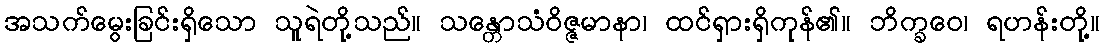
အသက်မွေးခြင်းရှိသော သူရဲတို့သည်။ သန္တောသံဝိဇ္ဇမာနာ၊ ထင်ရှားရှိကုန်၏။ ဘိက္ခဝေ၊ ရဟန်းတို့။